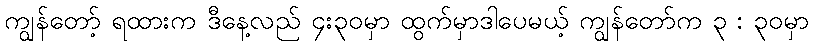
ကျွန်တော့် ရထားက ဒီနေ့လည် ၄း၃၀မှာ ထွက်မှာဒါပေမယ့် ကျွန်တော်က ၃ : ၃၀မှာ